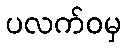
ပလက်ဝမှ